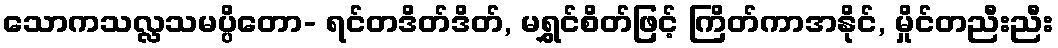
သောကသလ္လသမပ္ပိတော- ရင်တဒိတ်ဒိတ်, မရွှင်စိတ်ဖြင့် ကြိတ်ကာအနိုင်, မှိုင်တညီးညီး